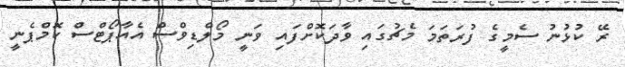
ރޭ ކުޅުނު ސެމީގެ ފުރަތަމަ މެޗުގައި ވާދަކޮށްފައި ވަނީ މޯލްޑިވްސް އެއާޕޯޓްސް ކޮމްޕެނީ